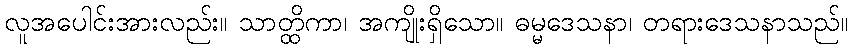
လူအပေါင်းအားလည်း။ သာတ္ထိကာ၊ အကျိုးရှိသော။ ဓမ္မဒေသနာ၊ တရားဒေသနာသည်။